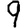
Digit: 9